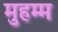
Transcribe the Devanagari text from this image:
मुहम्म